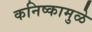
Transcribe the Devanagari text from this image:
कनिष्कामुळे